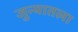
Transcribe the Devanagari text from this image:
जुन्यातला